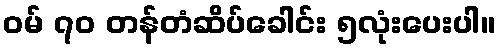
ဝမ် ၇၀ တန်တံဆိပ်ခေါင်း ၅လုံးပေးပါ။